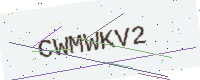
Text: CWMWKV2